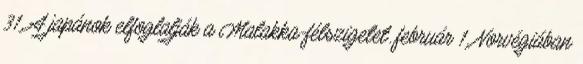
31. A japánok elfoglalják a Malakka-félszigetet. február 1. Norvégiában